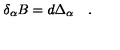
\quad \delta _ { \alpha } B = d \Delta _ { \alpha } \quad .